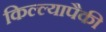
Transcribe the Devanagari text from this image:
किल्ल्यापैकी